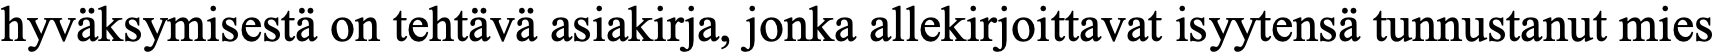
hyväksymisestä on tehtävä asiakirja, jonka allekirjoittavat isyytensä tunnustanut mies